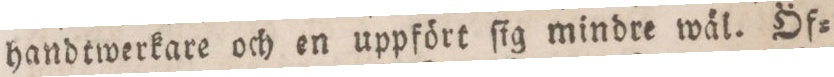
hand twerkare och en uppfört ſig mindre wäl. Öf=